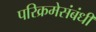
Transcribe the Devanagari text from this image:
परिक्रमेसंबंधी